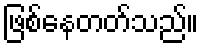
ဖြစ်နေတတ်သည်။